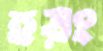
হয়ং